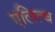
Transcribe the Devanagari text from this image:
एलित्च